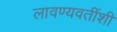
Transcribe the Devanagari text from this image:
लावण्यवतींशी